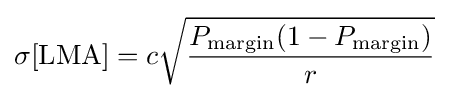
\sigma \lbrack {\text{LMA}}\rbrack =c{\sqrt {\frac {P_{\text{margin}}(1-P_{\text{margin}})}{r}}}